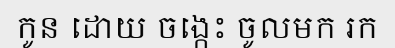
កូន ដោយ ចង្កេះ ចូលមក រក